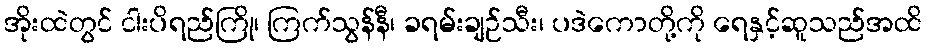
အိုးထဲတွင် ငါးပိရည်ကြို၊ ကြက်သွန်နီ၊ ခရမ်းချဉ်သီး၊ ပဒဲကောတို့ကို ရေနှင့်ဆူသည်အထိ